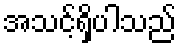
အသင့်ရှိပါသည်